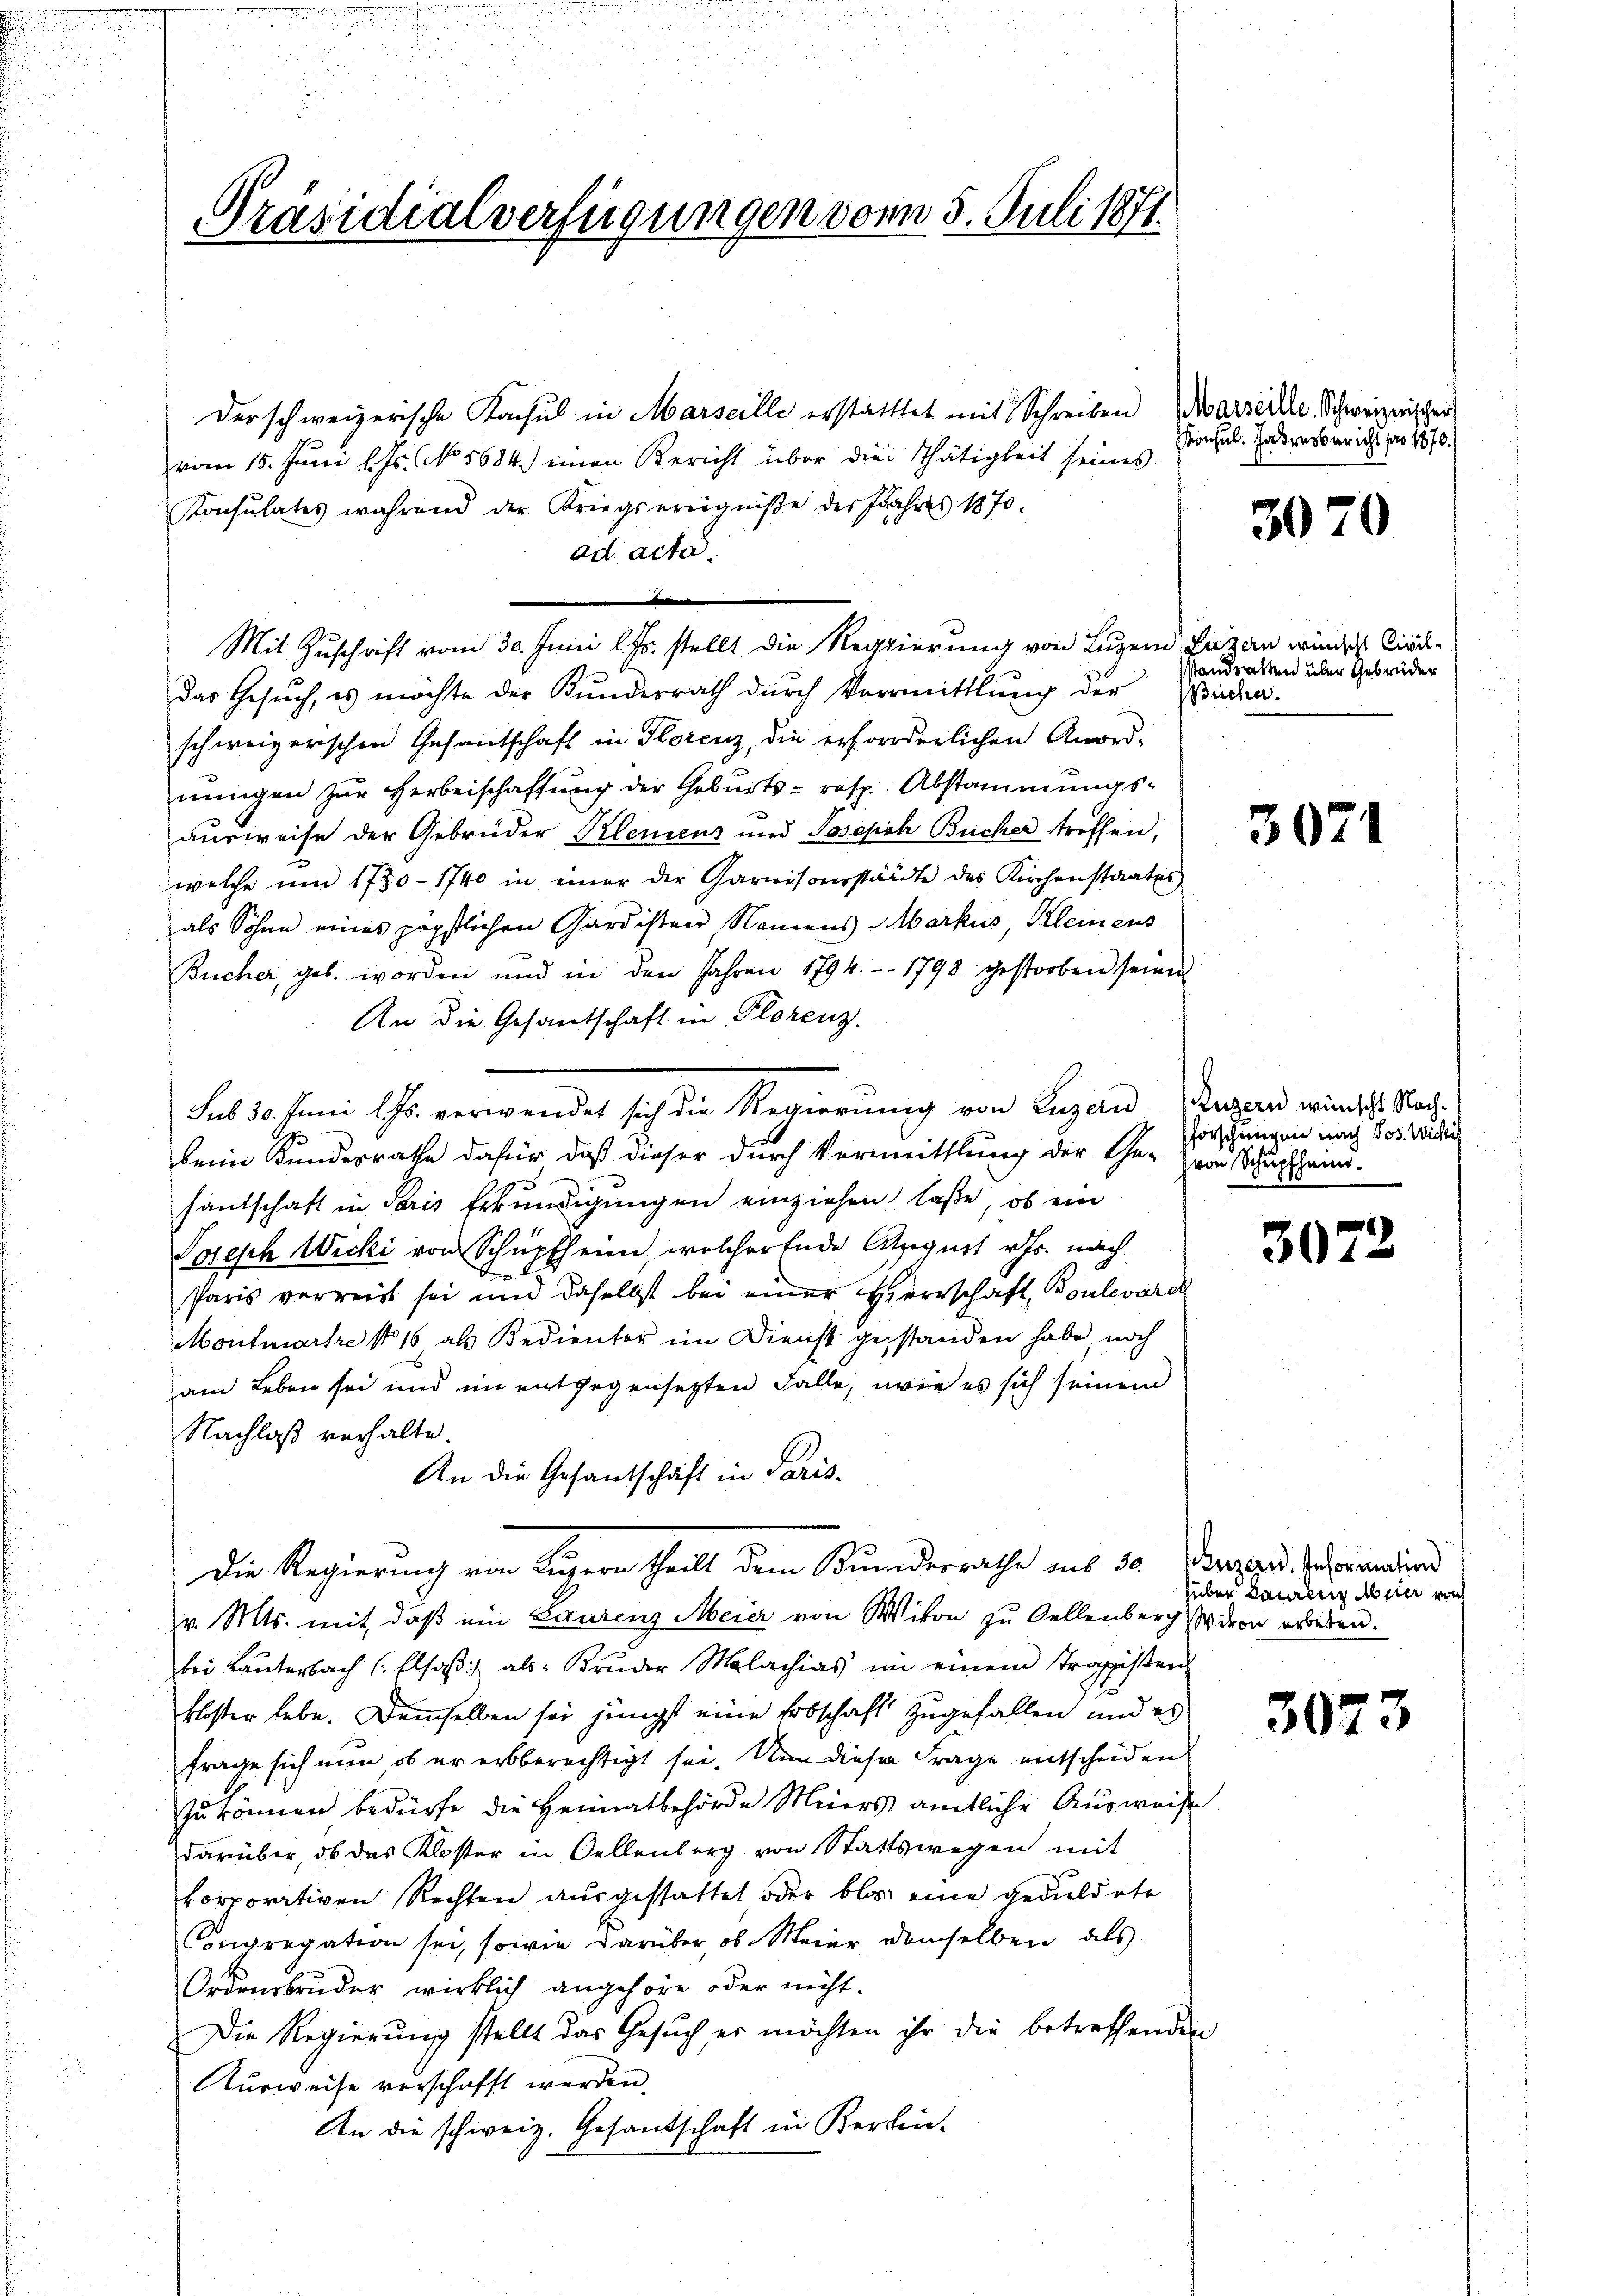
Präsidialverfügungen von 5. Juli 1871.

derschweizerische Kachsul in Marseille erstatttet mit Schreiben (Marseille Schweizerischer
vom 15. Juni l. Js. No. 5684.) einen Bericht über die Thätigkeit seines
Konsulates während der Kriegsereignisse des Jahres 1870.
ad acta.

Mit Zuschrift vom 30. Juni l. Js. stellt die Regierung von Luzern, Luzan würdes Circdas Gesuch, es möchte der Kundesrath durch Vermittlung der
schweizerischen Gesandtschaft in Florenz, die erforderlichen Anord-
nungen zur Herbeischaffung der Geburts- resp. Abstammungsausweise der Gebrüder Klemens und Joseph Bücher treffen,
welche ŭm 1730 - 1740 in einer der Garnisoverstädte des Kirchenstaates
als Sohne eines päpstlichen Gardisten Namens Markus, Kleinens
Bucher, geb. worden und in den Jahren 1794. 1798 gestorben seien
An die Gesandschaft in Florenz.
beim Kundesrathe dafür, daß dieser durch Vermittlung der Ge- zwar Schupfheim-
santschaft in Paris Erkundigungen einziehen, laße, ob ein
Pojesch Wicki von Schüpfheim, welcher Ende August v. Js. nach
Paris verreist sei und daselbst bei einer Herrschaft, Boulevarch
Montmartre No 16 als Bedienter im Dienst gestanden habe noch
am Leben sei und im entgegensetzten Falle, wie es sich seinem
Nachlaß verhalte.
An die Gesandschaft in Paris-
Die Regierung von Luzern theilt dem Bunderrathe aus 30 Puzend. Informatiend
v. Mts. mit, daß ein Laurenz Meier von Witon zu Sellenberg von erbeben.
bei Lauterbach (Elsaß als Bruder Molachias im einem Tragisten-
1
kloster lebe. Demselben sei jüngst eine Erbschaft zugefallen und es
frage sich nun ob er erbberechtigt sei. Um dieser Frage entscheiden
zu können bedürfe die Heimatbehörde Meers amtliche Ausweise
darüber, ob das Kloster in Gellenberg von Stattswegen mit
korporativen Rechten ausgestattet oder blos eine geduldete
Congregation sei, sowie darüber, ob Meier demselben als
Ordensbruder wirklich angehöre oder nicht.
Die Regierung stellt das Gesuch er möchten ihr die betreffenden
Kurweise verschafft werden.
An die schweiz. Gesandschaft in Kerken-

sub 30. Juni l. Js. verwendet sich die Regierŭng von Luzern, Luzern wünscht Nach-

Konsul. Jahresbericht pro 1870.)

3070

standsakten über Gebrüder
Bücher.

3071

forschungen nach Jos. Wichti

3073

über Baurenz Meier noch

305

2